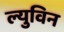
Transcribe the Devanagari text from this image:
ल्युविन